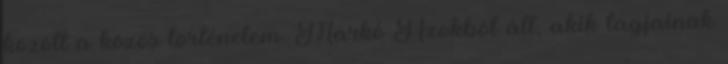
között a közös történelem. Markó Azokból áll, akik tagjainak